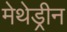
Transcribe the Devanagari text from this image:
मेथेड्रीन